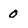
Character: 0